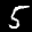
Label: 5